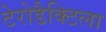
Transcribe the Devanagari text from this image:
टेरोडैक्टिला